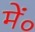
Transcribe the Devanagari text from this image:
में०